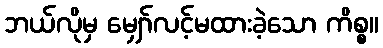
ဘယ်လိုမှ မျှော်လင့်မထားခဲ့သော ကိစ္စ။